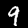
Label: 9